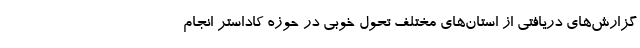
گزارش‌های دریافتی از استان‌های مختلف تحول خوبی در حوزه کاداستر انجام